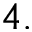
4 .